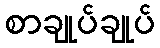
စာချုပ်ချုပ်